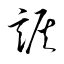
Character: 詼